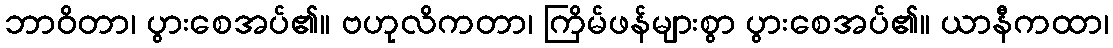
ဘာဝိတာ၊ ပွားစေအပ်၏။ ဗဟုလိကတာ၊ ကြိမ်ဖန်များစွာ ပွားစေအပ်၏။ ယာနီကထာ၊